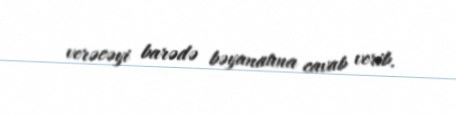
verəcəyi barədə bəyanatına cavab verib.